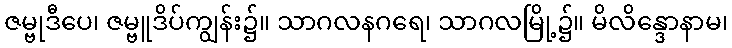
ဇမ္ဗုဒီပေ၊ ဇမ္ဗူဒိပ်ကျွန်း၌။ သာဂလနဂရေ၊ သာဂလမြို့၌။ မိလိန္ဒောနာမ၊